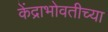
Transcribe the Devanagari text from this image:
केंद्राभोवतीच्या